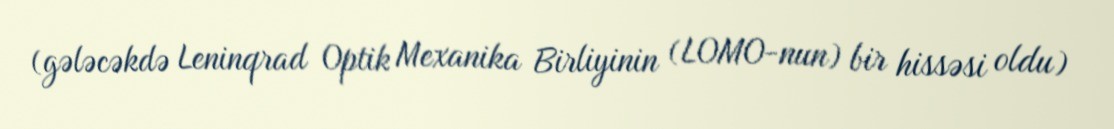
(gələcəkdə Leninqrad Optik Mexanika Birliyinin (LOMO-nun) bir hissəsi oldu)